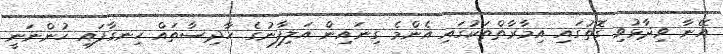
އޭނާ ވިދާޅުވި ގޮތުގައި އިމާރާތްތަކުގައި އެންމެ ގިނައިން އަލިފާނުގެ ހާދިސާތައް ހިނގާފައި ހުންނަނީ